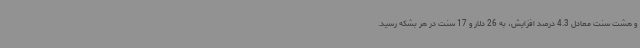
و هشت سنت معادل 4.3 درصد افزایش، به 26 دلار و 17 سنت در هر بشکه رسید.